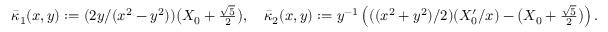
\begin{array} { r } { \bar { \kappa } _ { 1 } ( x , y ) : = ( 2 y / ( x ^ { 2 } - y ^ { 2 } ) ) \big ( X _ { 0 } + \textstyle \frac { \sqrt { 5 } } { 2 } \big ) , \quad \bar { \kappa } _ { 2 } ( x , y ) : = y ^ { - 1 } \left( ( ( x ^ { 2 } + y ^ { 2 } ) / 2 ) ( X _ { 0 } ^ { \prime } / x ) - \big ( X _ { 0 } + \textstyle \frac { \sqrt { 5 } } { 2 } \big ) \right) . } \end{array}